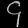
Digit: ၄